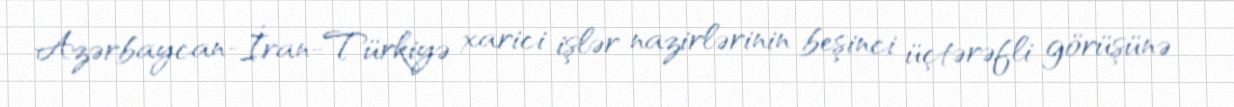
Azərbaycan-İran-Türkiyə xarici işlər nazirlərinin beşinci üçtərəfli görüşünə